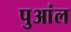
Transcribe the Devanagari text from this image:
पुआंल